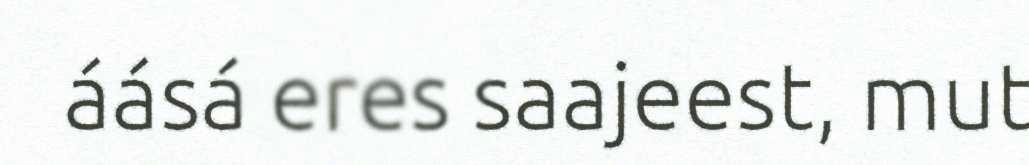
áásá eres saajeest, mut